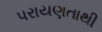
પરાયણતાથી